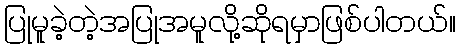
ပြုမူခဲ့တဲ့အပြုအမူလို့ဆိုရမှာဖြစ်ပါတယ်။